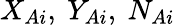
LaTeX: X_{Ai},~Y_{Ai},~N_{Ai}